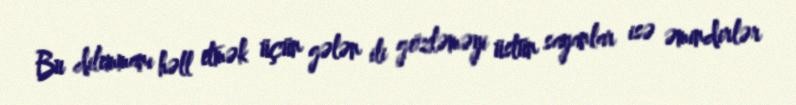
Bu dilemmanı həll etmək üçün gələn ili gözləməyi üstün sayanlar isə əmindirlər